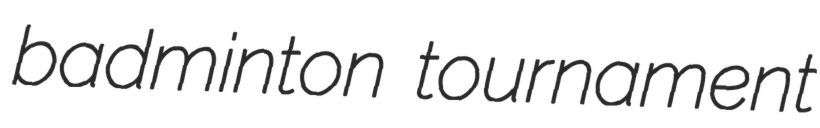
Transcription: badminton tournament